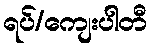
ရပ်/ကျေးပါတီ